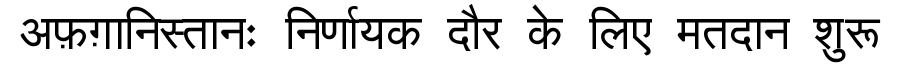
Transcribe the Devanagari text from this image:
अफ़ग़ानिस्तानः निर्णायक दौर के लिए मतदान शुरू